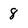
Character: 8